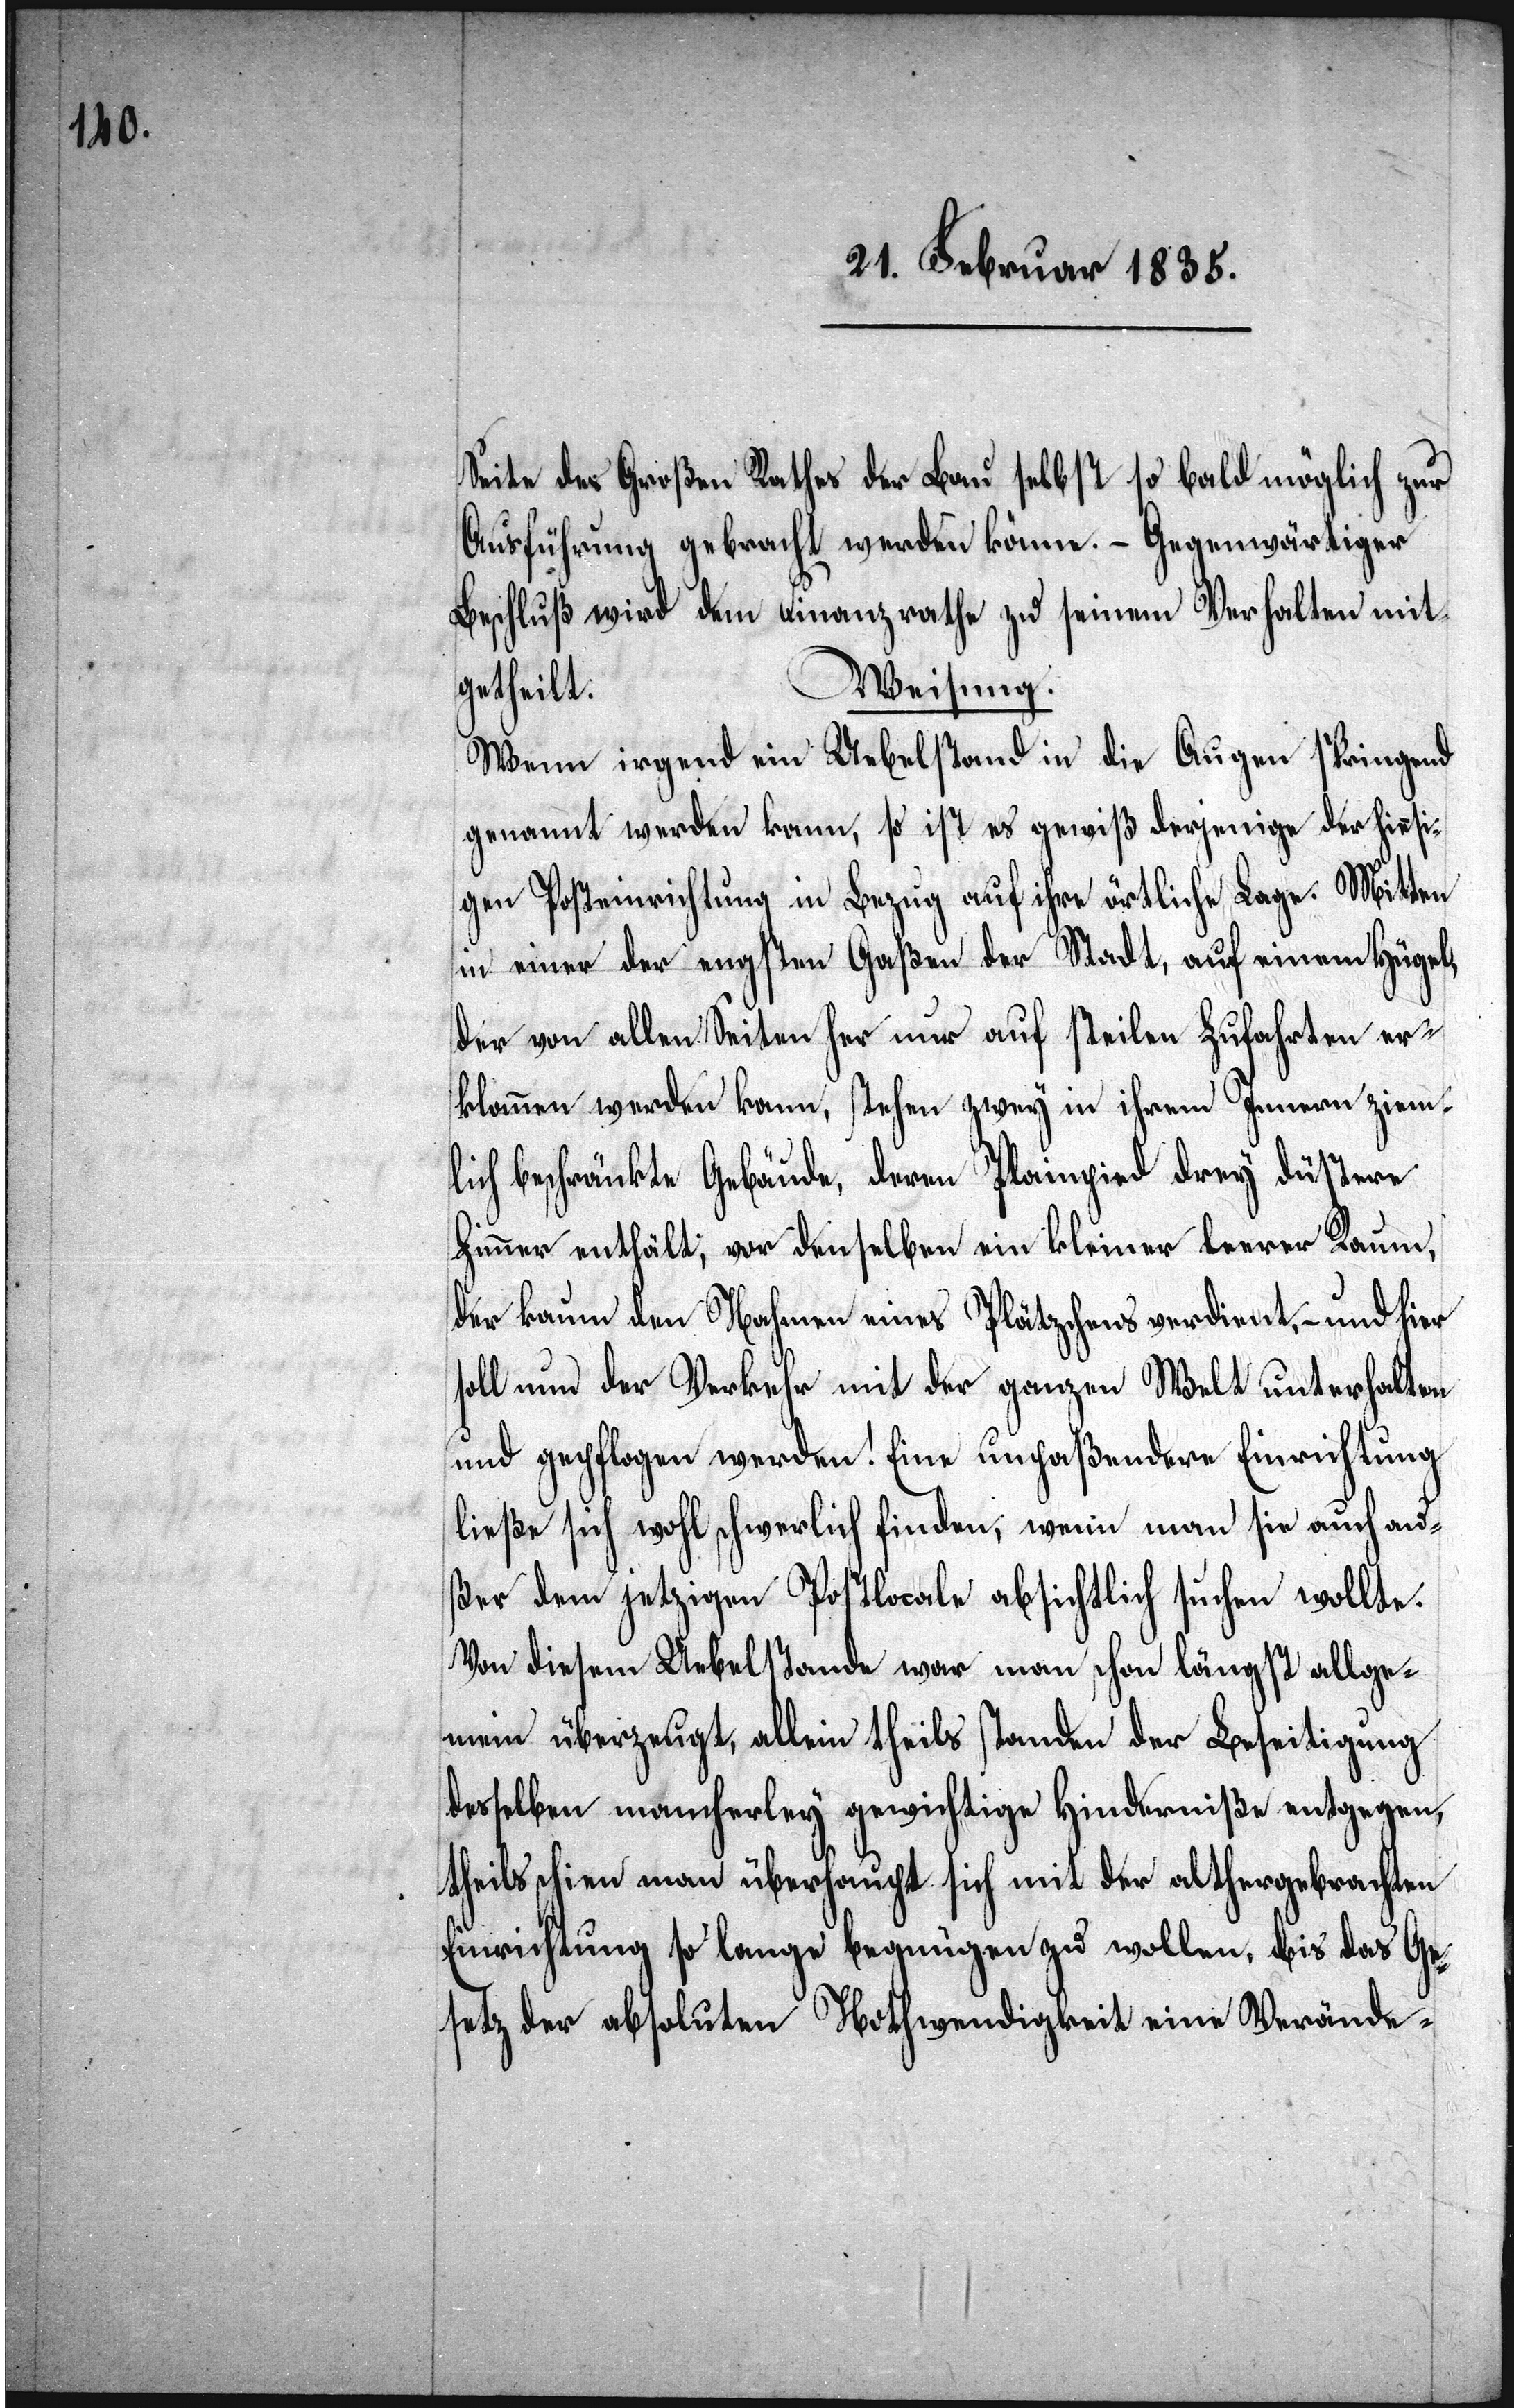
Seite des Großen Rathes der Bau selbst so bald möglich zur
Ausführung gebracht werden könne. – Gegenwärtiger
Beschluß wird dem Finanzrathe zu seinem Verhalten mit¬
Weisung.
getheilt.
Wenn irgend ein Uebelstand in die Augen springend
genannt werden kann, so ist es gewiß derjenige der hiesi¬
gen Posteinrichtung in Bezug auf ihre örtliche Lage. Mitten
in einer der engsten Gaßen der Stadt, auf einem Hügel,
der von allen Seiten her nur auf steilen Zufahrten er¬
klommen werden kann, stehen zwey in ihrem Innern ziem¬
lich beschränkte Gebäude, deren Plainpied drey düstere
Zimmer enthält; vor denselben ein kleiner leerer Raum,
der kaum den Nahmen eines Plätzchens verdient, – und hier
soll nun der Verkehr mit der ganzen Welt unterhalten
und gepflogen werden! Eine unpaßendere Einrichtung
ließe sich wohl schwerlich finden, wenn man sie auch au¬
ßer dem jetzigen Postlocale absichtlich suchen wollte.
Von diesem Uebelstande war man schon längst allge¬
mein überzeugt, allein theils standen der Beseitigung
desselben mancherley gewichtige Hinderniße entgegen,
theils schien man überhaupt sich mit der althergebrachten
Einrichtung so lange begnügen zu wollen, bis das Ge¬
setz der absoluten Nothwendigkeit eine Veränder-